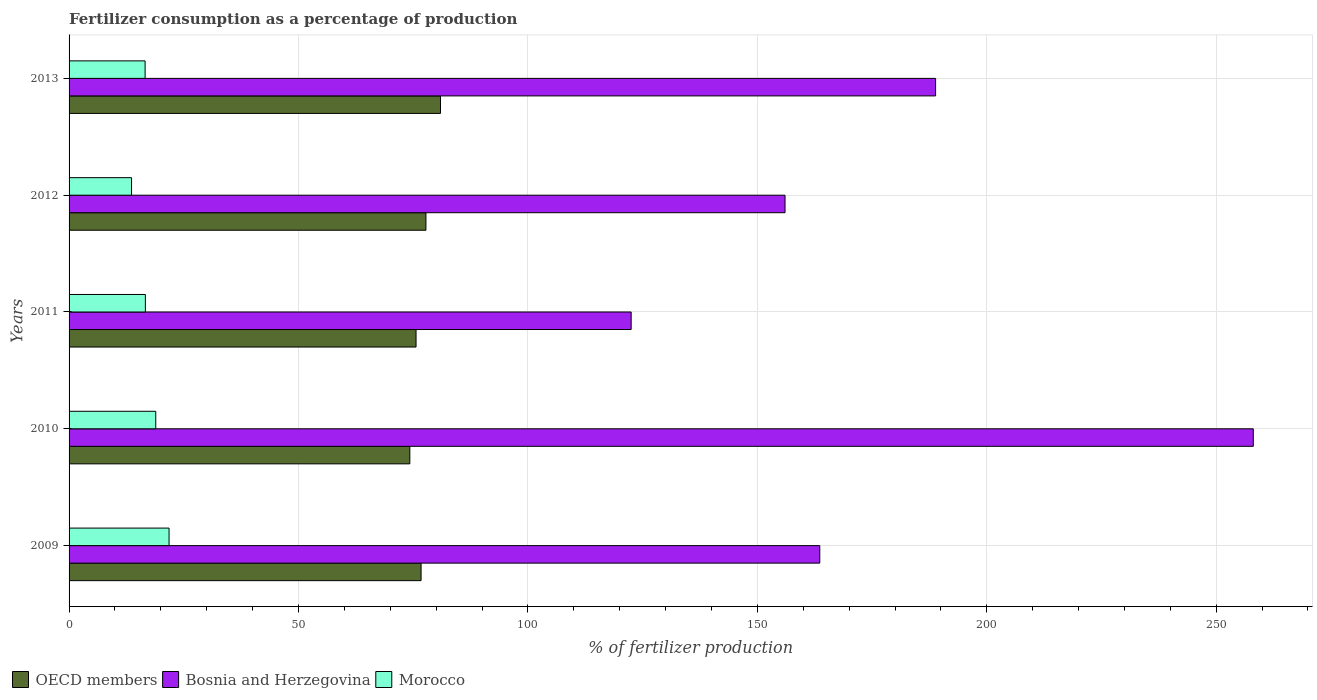
| Years | OECD members | Bosnia and Herzegovina | Morocco |
 | --- | --- | --- | --- |
 | 2009 | 76.7 | 164 | 21.8 |
 | 2010 | 74.3 | 258 | 18.9 |
 | 2011 | 75.6 | 122 | 16.6 |
 | 2012 | 77.8 | 156 | 13.6 |
 | 2013 | 80.9 | 189 | 16.6 |